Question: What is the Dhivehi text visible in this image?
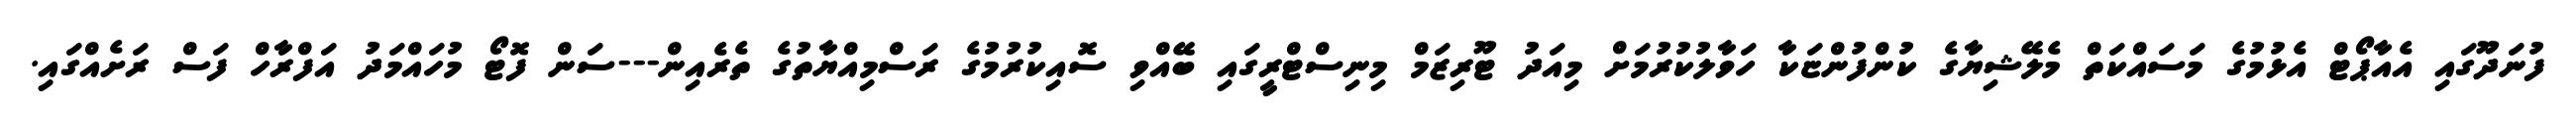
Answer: ފުނަދޫގައި އެއާޕޯޓް އެޅުމުގެ މަސައްކަތް މެލޭޝިޔާގެ ކުންފުންޏަކާ ހަވާލުކުރުމަށް މިއަދު ޓޫރިޒަމް މިނިސްޓްރީގައި ބޭއްވި ސޮއިކުރުމުގެ ރަސްމިއްޔާތުގެ ތެރެއިން---ސަން ފޮޓޯ މުހައްމަދު އަފްރާހް ފަސް ރަށެއްގައި.